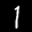
Label: 1